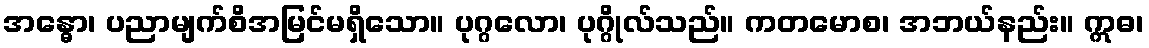
အန္ဓော၊ ပညာမျက်စိအမြင်မရှိသော။ ပုဂ္ဂလော၊ ပုဂ္ဂိုလ်သည်။ ကတမောစ၊ အဘယ်နည်း။ ဣဓ၊